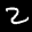
Label: 2